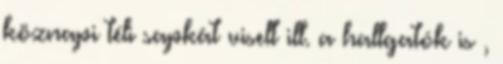
köznapi téli sapkát viselt ill. a hallgatók is ,